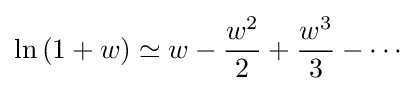
\ln \left(1+w\right)\simeq w-{\frac {w^{2}}{2}}+{\frac {w^{3}}{3}}-\cdots